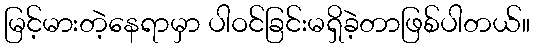
မြင့်မားတဲ့နေရာမှာ ပါဝင်ခြင်းမရှိခဲ့တာဖြစ်ပါတယ်။